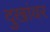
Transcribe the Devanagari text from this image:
दुखांवर